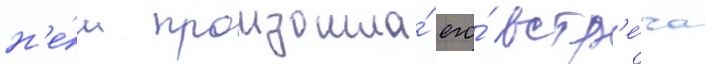
н'е́м произошла́ его́ встр'е́ча